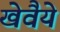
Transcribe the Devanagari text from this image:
खेवैये